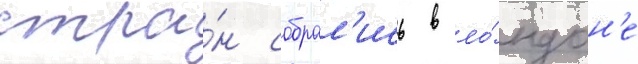
стра́н собрал'ись в ло́ндон'е